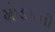
મોડકની